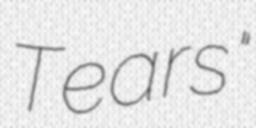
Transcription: Tears"